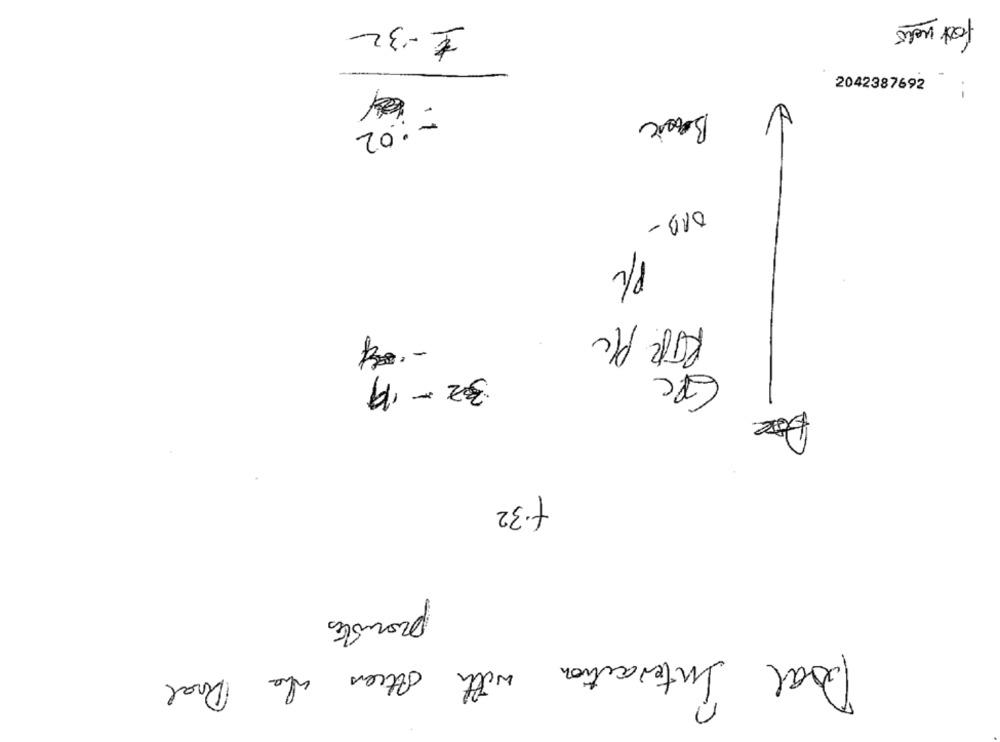
1 -32
fast udo
2042387692
.-
Bask
V
-: 02
013-
PC
RTR Plc
GPC
3-2-19
f.32
promotes
Doal Interaction with others who Doal